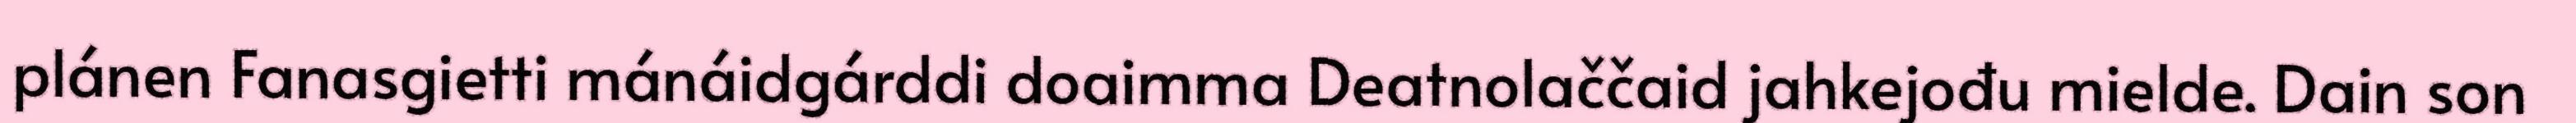
plánen Fanasgietti mánáidgárddi doaimma Deatnolaččaid jahkejođu mielde. Dain son